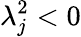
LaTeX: \lambda_{j}^{2}<0